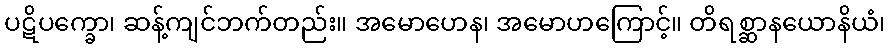
ပဋိပက္ခော၊ ဆန့်ကျင်ဘက်တည်း။ အမောဟေန၊ အမောဟကြောင့်။ တိရစ္ဆာနယောနိယံ၊